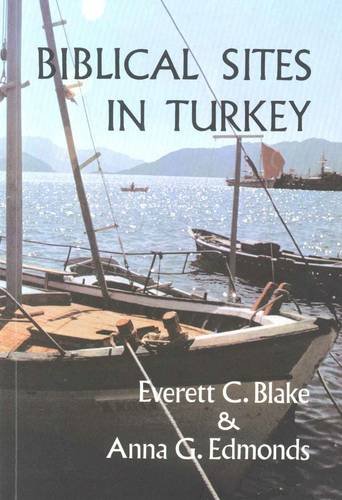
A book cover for Biblical Sites in Turkey; Everett C. Blake; Travel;